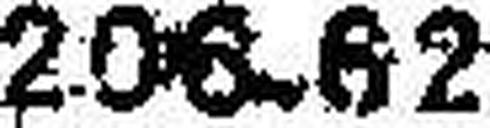
206.62